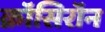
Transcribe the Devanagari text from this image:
क्रॉसिरॉन